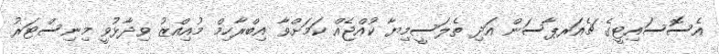
އެސޮސައިޓީގެ ޗެއަރޕާސަން އަދި ތެލަސީމިޔާ ކުއްޖެއް ކަމަށްވާ އިބްރާހިމް މުއިއްޒު ވިދާޅުވީ މިނިސްޓަރު